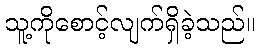
သူ့ကိုစောင့်လျက်ရှိခဲ့သည်။